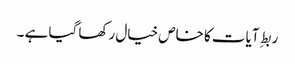
ربطِ آیات کا خاص خیال رکھا گیا ہے ۔